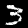
Label: 3